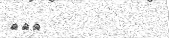
١٠٢